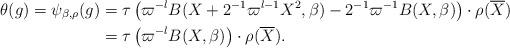
LaTeX: \begin{align*} \theta(g)=\psi_{\beta,\rho}(g) &=\tau\left(\varpi^{-l}B(X+2^{-1}\varpi^{l-1}X^2,\beta) -2^{-1}\varpi^{-1}B(X,\beta)\right)\cdot \rho(\overline X)\\ &=\tau\left(\varpi^{-l}B(X,\beta)\right)\cdot\rho(\overline X).\end{align*}